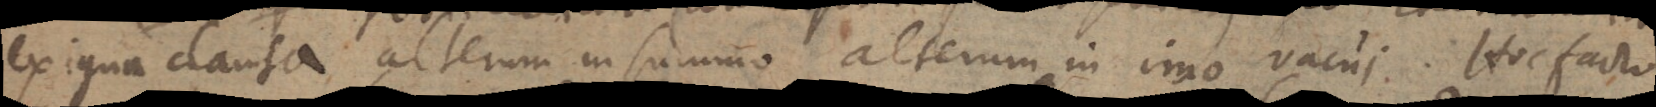
exigua clausa alterum in summo alterum in imo vacui. Hoc facto